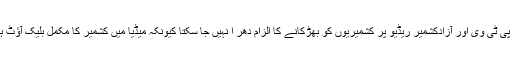
اب پی ٹی وی اور آزادکشمیر ریڈیو پر کشمیریوں کو بھڑکانے کا الزام دھر ا نہیں جا سکتا کیونکہ میڈیا میں کشمیر کا مکمل بلیک آؤٹ ہے۔